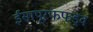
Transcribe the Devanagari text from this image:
ईसापूरफफड़्व